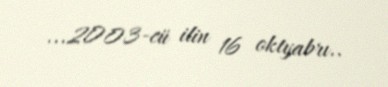
...2003-cü ilin 16 oktyabrı..